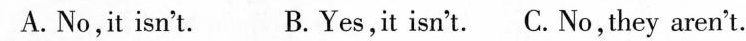
A.No,it isn't. B. Yes,it isn't. C. No,they aren't.